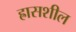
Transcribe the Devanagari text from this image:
ह्रासशील